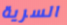
السرية